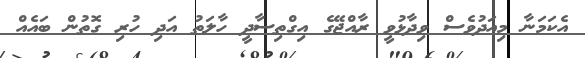
އެކަމަނާ މިއަދުވެސް ވިދާޅުވީ ރާއްޖޭގެ އިގްތިސާދީ ހާލަތު އަދި ހުރި ގޮތުން ބައެއް